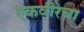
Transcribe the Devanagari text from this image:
एकवीरेचा